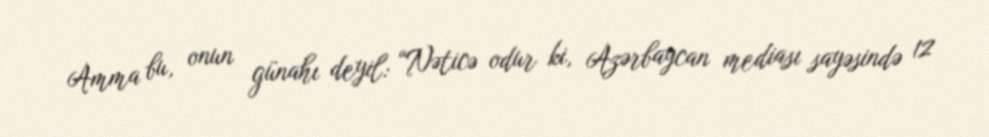
Amma bu, onun günahı deyil: “Nəticə odur ki, Azərbaycan mediası sayəsində 12